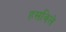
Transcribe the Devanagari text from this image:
हसविले